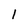
Character: 1